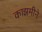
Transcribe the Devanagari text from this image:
काझमीने